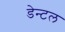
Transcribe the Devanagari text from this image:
डेन्टल